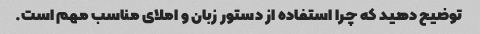
توضیح دهید که چرا استفاده از دستور زبان و املای مناسب مهم است.